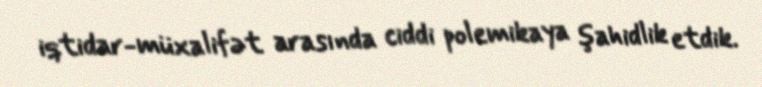
iqtidar-müxalifət arasında ciddi polemikaya şahidlik etdik.